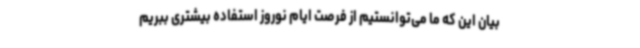
بیان این که ما می‌توانستیم از فرصت ایام نوروز استفاده بیشتری ببریم